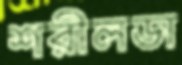
শরীলডা